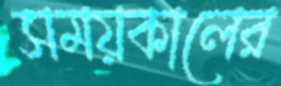
সময়কালের